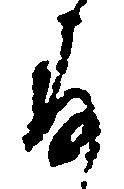
存